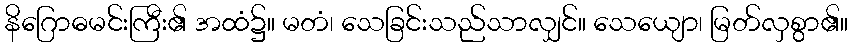
နိဂြောဓမင်းကြီး၏ အထံ၌။ မတံ၊ သေခြင်းသည်သာလျှင်။ သေယျော၊ မြတ်လှစွာ၏။